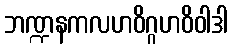
ဘဏ္ဍနကလဟဝိဂ္ဂဟဝိဝါဒါ